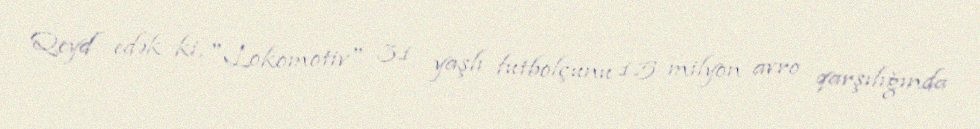
Qeyd edək ki, "Lokomotiv" 31 yaşlı futbolçunu 1.5 milyon avro qarşılığında